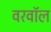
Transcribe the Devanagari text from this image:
वरवॉल